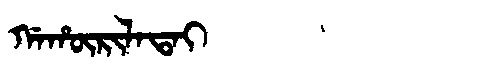
Manchu: ᡤᠠᡥᡡᡵᡳᠯᠠᡨᠠᡳ
Romanization: GAHŪRILATAI